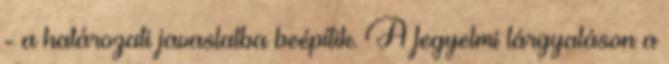
- a határozati javaslatba beépítik. A fegyelmi tárgyaláson a